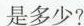
是多少?